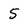
Character: 5